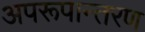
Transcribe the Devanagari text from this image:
अपरूपान्तरण